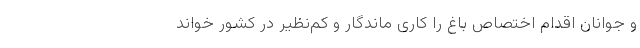
و جوانان اقدام اختصاص باغ را کاری ماندگار و کم‌نظیر در کشور خواند